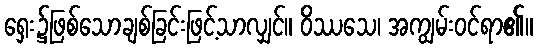
ရှေး၌ဖြစ်သောချစ်ခြင်းဖြင့်သာလျှင်။ ဝိဿသေ၊ အကျွမ်းဝင်ရာ၏။